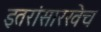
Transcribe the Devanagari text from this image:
इतरांसारखेच